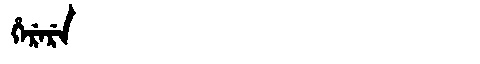
Manchu: ᡥᡝᡵᡝᡵᡝ
Romanization: HERERE